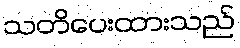
သတိပေးထားသည်